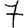
Digit: 7